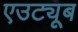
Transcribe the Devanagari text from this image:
एउट्यूब